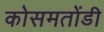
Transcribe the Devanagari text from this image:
कोसमतोंडी